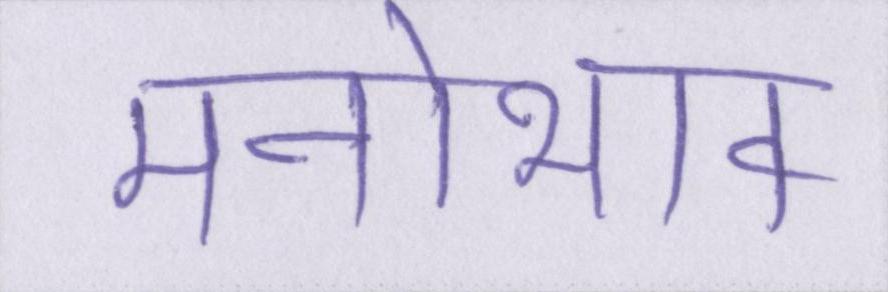
मनोभाव